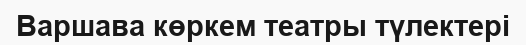
Варшава көркем театры түлектері